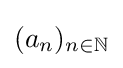
{\textstyle (a_{n})_{n\in \mathbb {N} }}